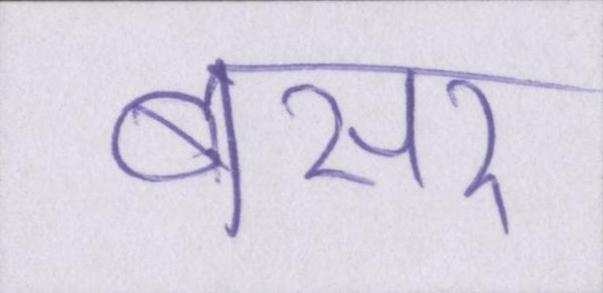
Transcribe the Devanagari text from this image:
बसर